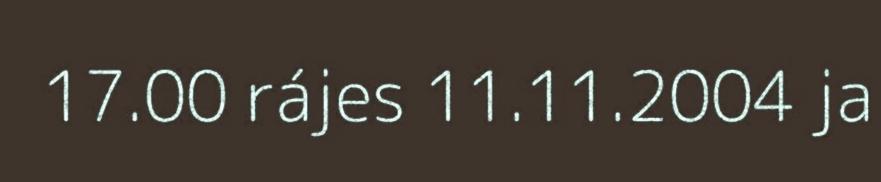
17.00 rájes 11.11.2004 ja